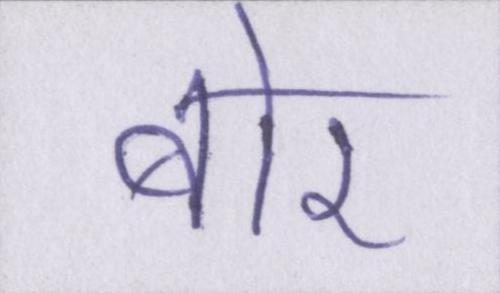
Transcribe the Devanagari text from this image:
बोर